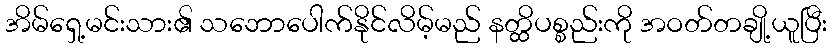
အိမ်ရှေ့မင်းသား၏ သဘောပေါက်နိုင်လိမ့်မည် နတ္ထိပစ္စည်းကို အဝတ်တချို့ယူပြီး